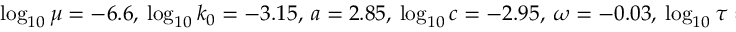
\log _ { 1 0 } \mu = - 6 . 6 , \ \log _ { 1 0 } k _ { 0 } = - 3 . 1 5 , \ a = 2 . 8 5 , \ \log _ { 1 0 } c = - 2 . 9 5 , \ \omega = - 0 . 0 3 , \ \log _ { 1 0 } \tau = 3 . 9 9 , \ \log _ { 1 0 } d = - 0 . 3 5 , \ \gamma = 1 . 2 2 , \ \rho = 0 . 5 1 , \ M _ { 0 } = 1 \ M _ { \mathrm { ~ w ~ } }